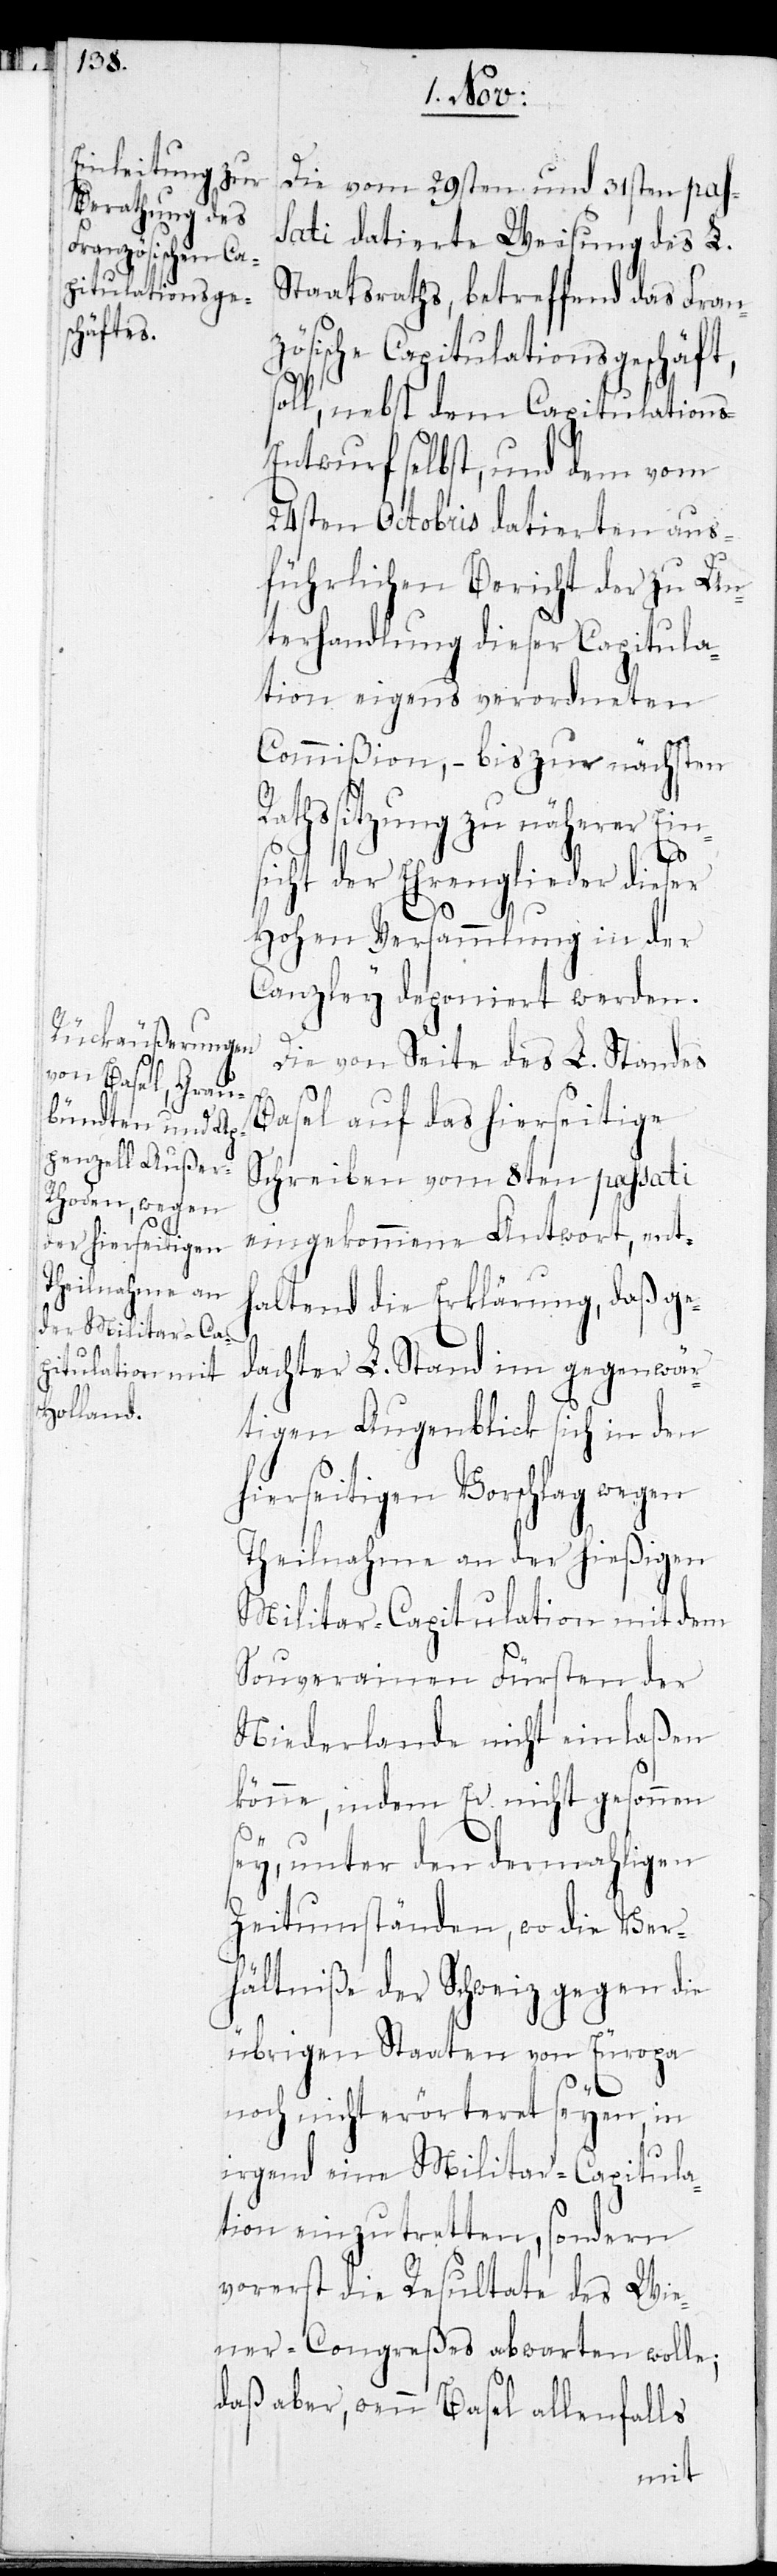
Die vom 29sten und 31sten pas¬
sati datierte Weisung des L.
Staatsraths, betreffend das Fran¬
zösische Capitulationsgeschäft,
soll, nebst dem Capitulation¬
ntwurf selbst, und dem vom
24sten Octobris datierten aus¬
führlichen Bericht der zu Un¬
terhandlung dieser Capitula¬
tion eigens verordneten
Commißion, – bis zur nächsten
Rathssitzung zu näherer Eins¬
s-E¬
icht der Ehrenglieder dieser
Hohen Versammlung in der
Canzley deponiert werden.
Die von Seite des L. Standes
Basel auf das hierseitige
Schreiben vom 8ten passati
eingekommene Antwort, ent¬
haltend die Erklärung, daß ge¬
dachter L. Stand im gegenwär¬
tigen Augenblick sich in den
hierseitigen Vorschlag wegen
Theilnahme an der hießigen
Militar-Capitulation mit dem
Souverainen Fürsten der
Niederlande nicht einlaßen
s¬
könne, indem Er nicht gesonnen
ey, unter den dermahligen
Zeitumständen, wo die Ver¬
hältniße der Schweiz gegen die
übrigen Staaten von Europa
noch nicht erörteret seyen, in
irgend eine Militar-Capitula¬
tion einzutretten, sondern
vorerst die Resultate des Wie¬
ner-Congreßes abwarten wolle,
daß aber, wenn Basel allenfalls